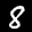
Label: 8